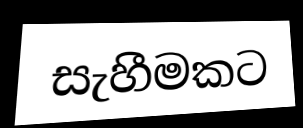
සැහීමකට